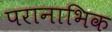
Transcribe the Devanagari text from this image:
परानाभिक